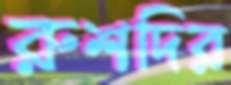
রুশদির